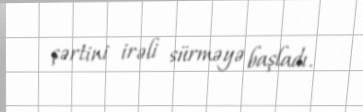
şərtini irəli sürməyə başladı.